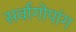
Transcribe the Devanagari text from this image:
सर्वांगोपांग